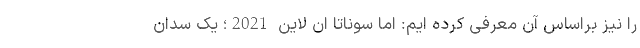
را نیز براساس آن معرفی کرده ایم: اما سوناتا ان لاین 2021؛ یک سدان